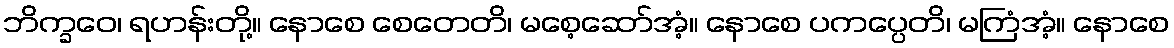
ဘိက္ခဝေ၊ ရဟန်းတို့။ နောစေ စေတေတိ၊ မစေ့ဆော်အံ့။ နောစေ ပကပ္ပေတိ၊ မကြံအံ့။ နောစေ